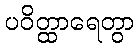
ပဝိတ္ထာရေတွာ